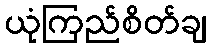
ယုံကြည်စိတ်ချ